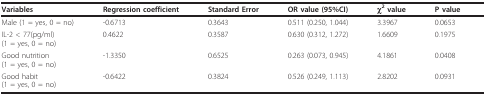
<table><thead><tr><td><b>Variables</b></td><td><b>Regression coefficient</b></td><td><b>Standard Error</b></td><td><b>OR value (95%CI)</b></td><td><b>χ<sup>2 </sup>value</b></td><td><b>P value</b></td></tr></thead><tbody><tr><td>Male (1 = yes, 0 = no)</td><td>-0.6713</td><td>0.3643</td><td>0.511 (0.250, 1.044)</td><td>3.3967</td><td>0.0653</td></tr><tr><td>IL-2 &lt; 77(pg/ml)(1 = yes, 0 = no)</td><td>0.4622</td><td>0.3587</td><td>0.630 (0.312, 1.272)</td><td>1.6609</td><td>0.1975</td></tr><tr><td>Good nutrition(1 = yes, 0 = no)</td><td>-1.3350</td><td>0.6525</td><td>0.263 (0.073, 0.945)</td><td>4.1861</td><td>0.0408</td></tr><tr><td>Good habit(1 = yes, 0 = no)</td><td>-0.6422</td><td>0.3824</td><td>0.526 (0.249, 1.113)</td><td>2.8202</td><td>0.0931</td></tr></tbody></table>